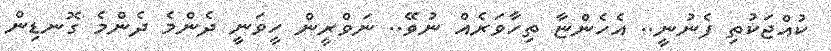
ކުއްޖަކުތި ފެނުނީ.. އެހެންޏާ ތިހާވަރެއް ނުވޭ.. ނަވްރީން ހީވަނީ ދެންމެ ދެންމެ ގޮނޑިން